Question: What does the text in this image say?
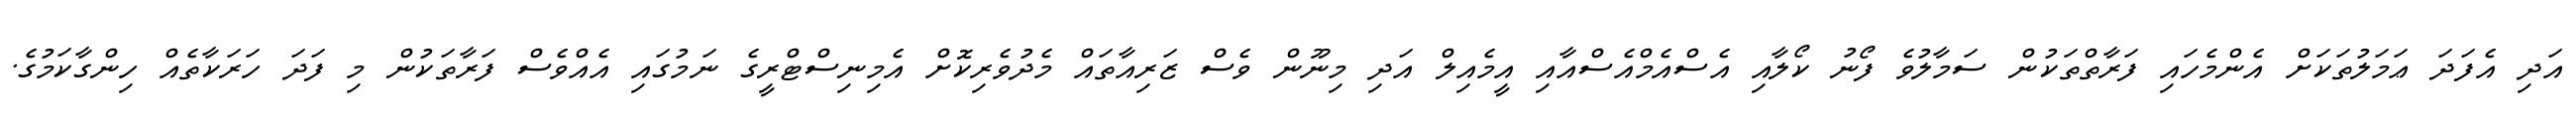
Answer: އަދި އެފަދަ ޢަމަލުތަކަށް އެންމެހައި ފަރާތްތަކުން ސަމާލުވެ ފޯނު ކޯލާއި އެސްއެމްއެސްއާއި އީމެއިލް އަދި މިނޫން ވެސް ޒަރިއާތައް މެދުވެރިކޮށް އެމިނިސްޓްރީގެ ނަމުގައި އެއްވެސް ފަރާތަކުން މި ފަދަ ހަރަކާތެއް ހިންގާކަމުގެ.